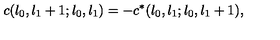
c ( l _ { 0 } , l _ { 1 } + 1 ; l _ { 0 } , l _ { 1 } ) = - c ^ { * } ( l _ { 0 } , l _ { 1 } ; l _ { 0 } , l _ { 1 } + 1 ) ,